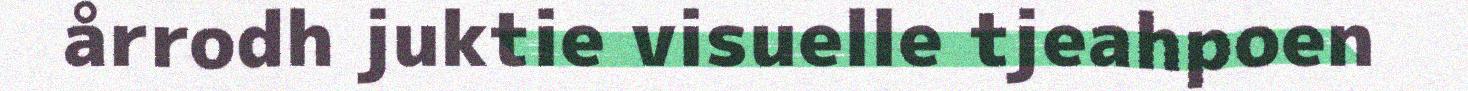
årrodh juktie visuelle tjeahpoen